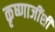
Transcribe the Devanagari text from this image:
कृष्णाजींशी